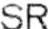
SR